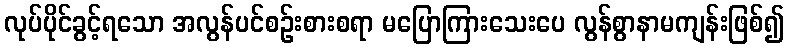
လုပ်ပိုင်ခွင့်ရသော အလွန်ပင်စဉ်းစားစရာ မပြောကြားသေးပေ လွန်စွာနာမကျန်းဖြစ်၍